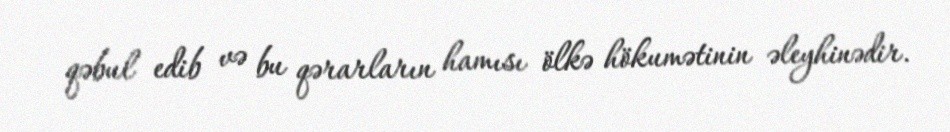
qəbul edib və bu qərarların hamısı ölkə hökumətinin əleyhinədir.